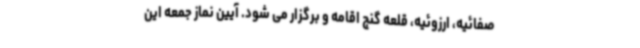
صفائیه، ارزوئیه، قلعه گنج اقامه و برگزار می شود. آیین نماز جمعه این